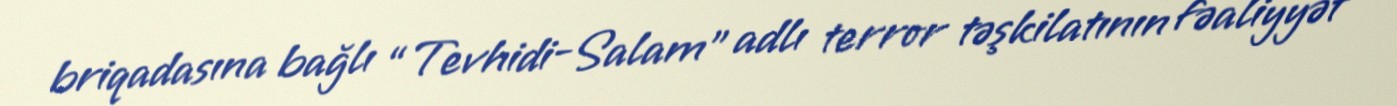
briqadasına bağlı “Tevhidi-Salam” adlı terror təşkilatının fəaliyyət